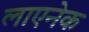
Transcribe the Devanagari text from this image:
लाएनेक